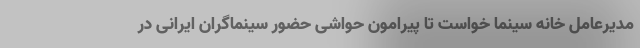
مدیرعامل خانه سینما خواست تا پیرامون حواشی حضور سینماگران ایرانی در